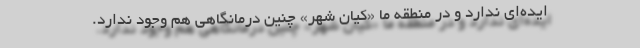
ایده‌ای ندارد و در منطقه ما «کیان شهر» چنین درمانگاهی هم وجود ندارد.